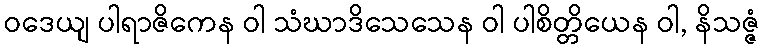
ဝဒေယျ ပါရာဇိကေန ဝါ သံဃာဒိသေသေန ဝါ ပါစိတ္တိယေန ဝါ, နိသဇ္ဇံ